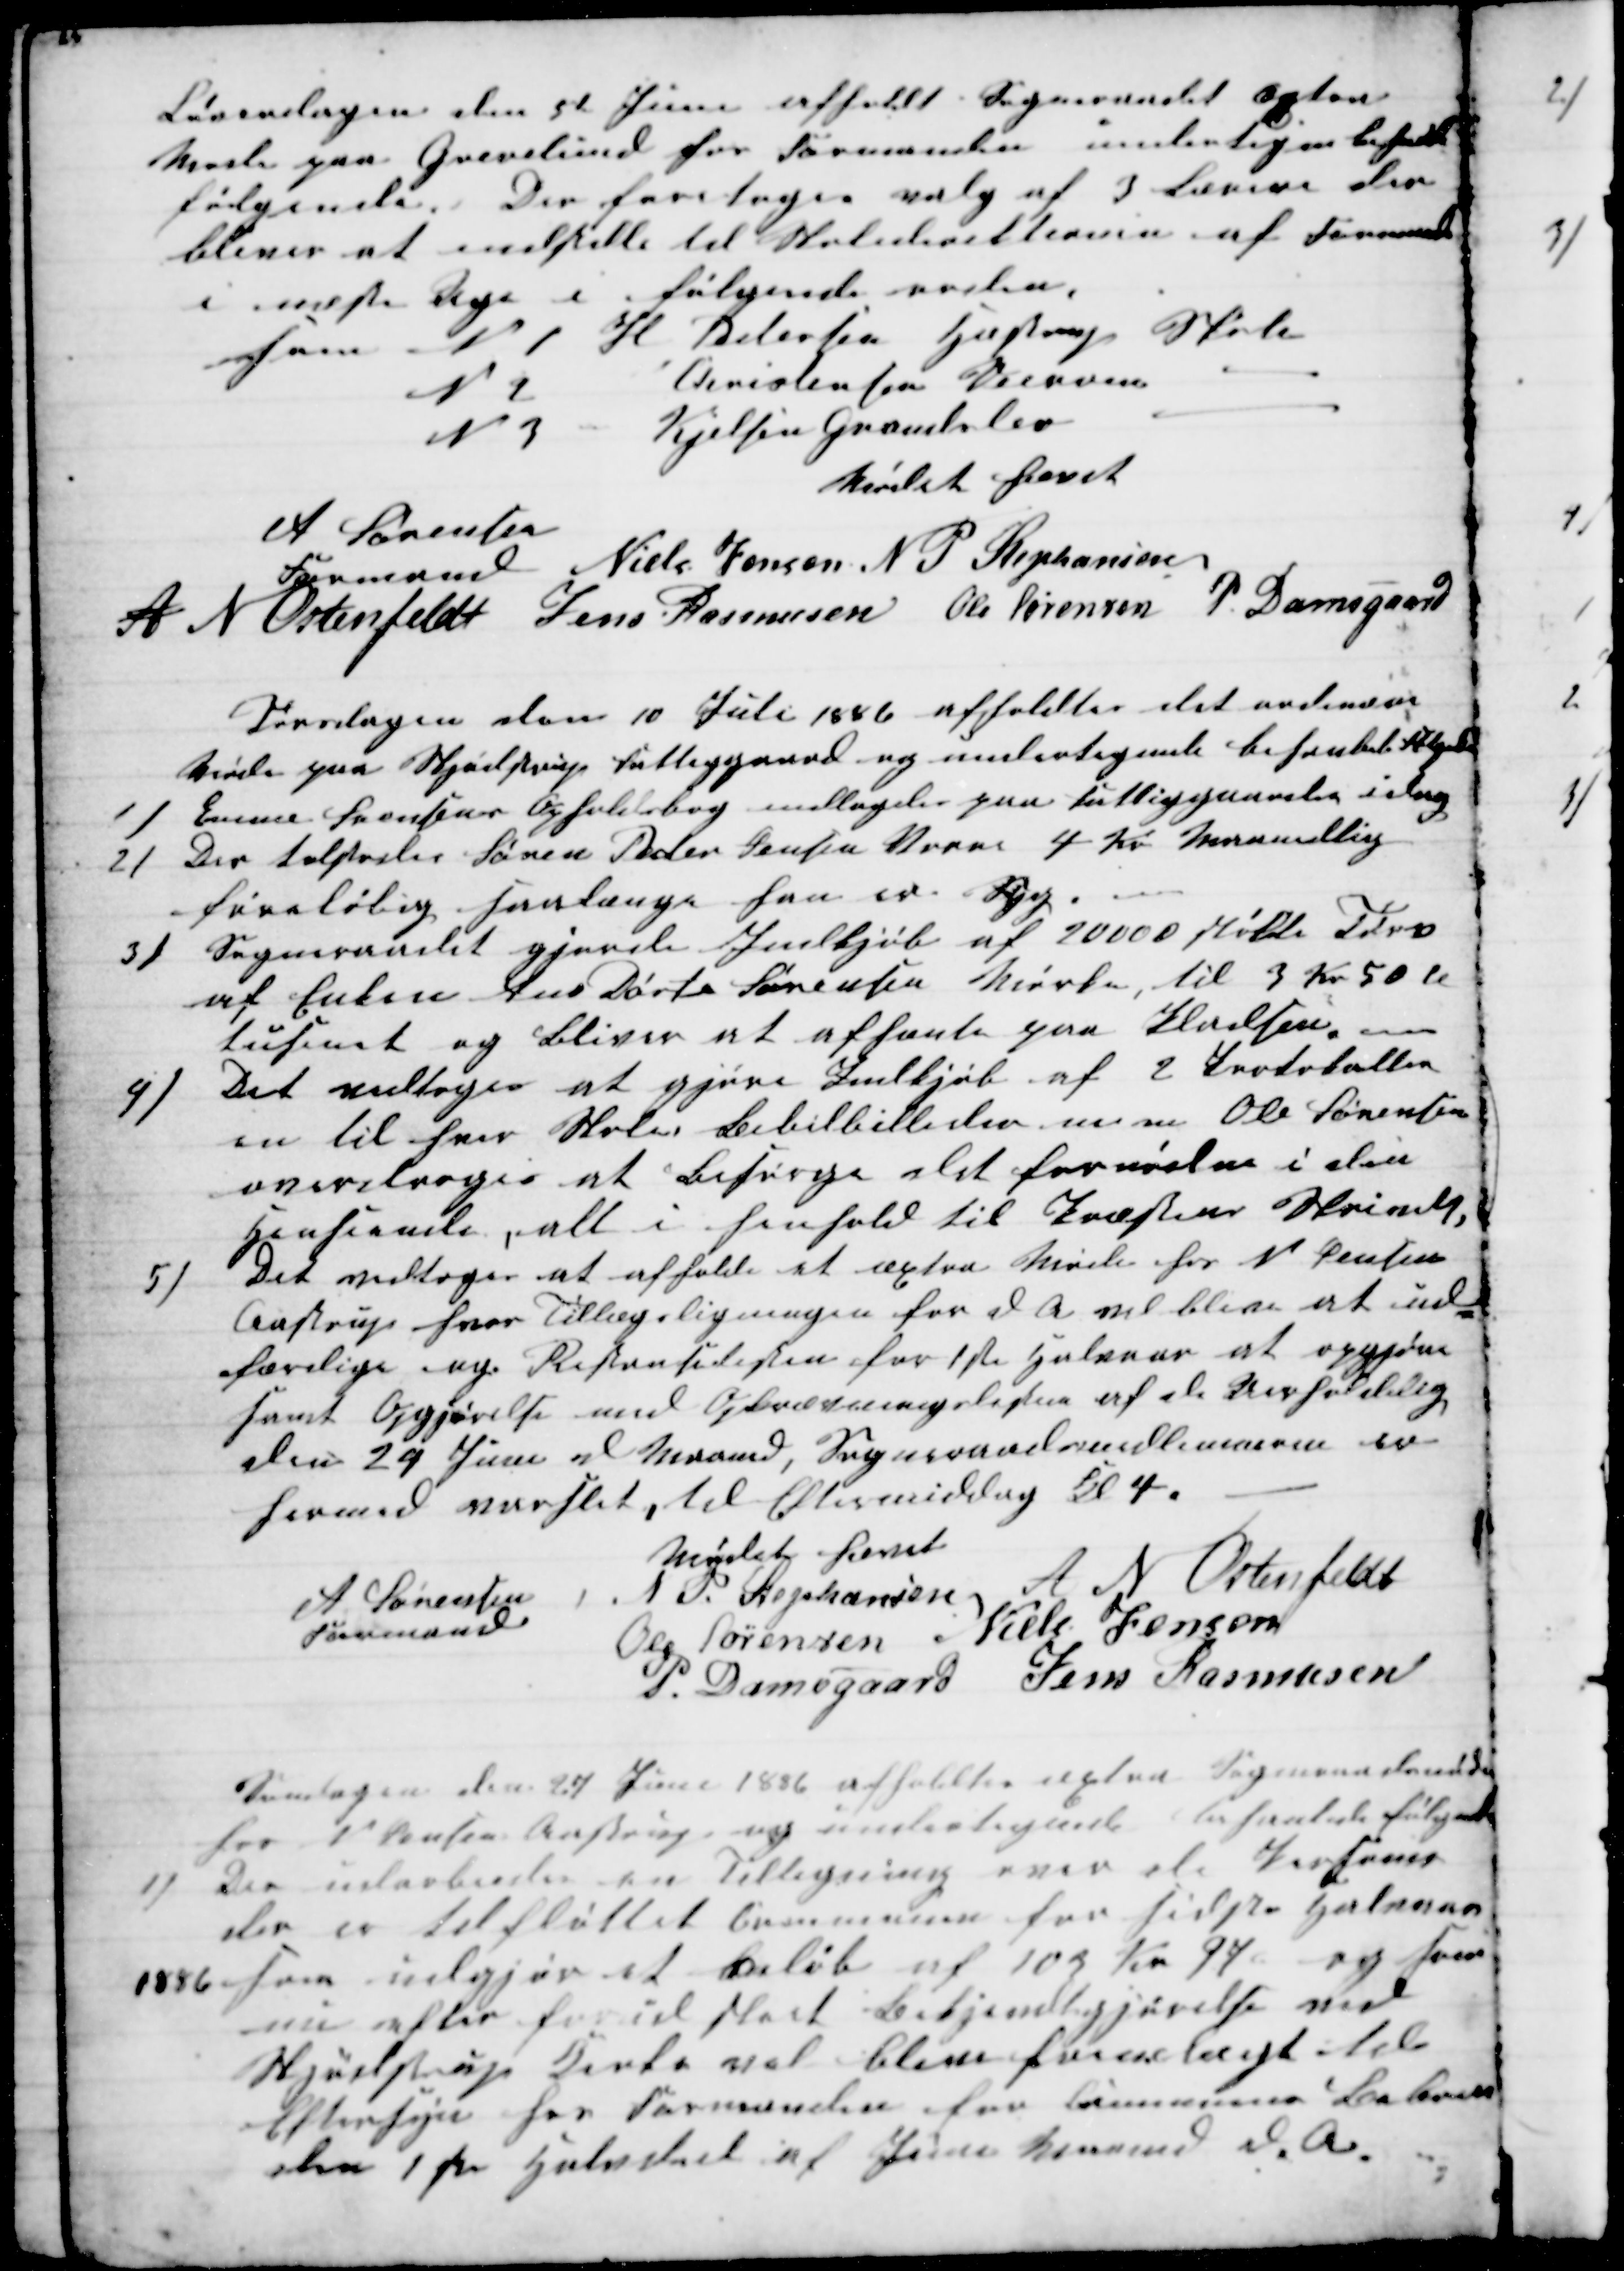
Transskription:
Løverdagen den 5te Juni afholdt Sogneraadet æxtra
Møde paa Grevelund hos Formanden undertegne behanlede
følgende. Der foretoges valg af 3 Lærere der
bliver at indstille til Skoledirektionen af Formanden
i næste Uge i følgende orden,
som N 1
H Petersen Hastrup Skole
N 2
Christensen Diernes
N 3 
Kjelsen Grandslev
Mødet hævet
A Sørensen
Formand 
Niels Jensen N P Stephansen
A N Ostenfeldt Jens Rasmusen Ole Sørensen P Damsgaard
Torsdagen den 10 Juli 1886 afholdtes det ordinære
Møde paa Skjødstrup Fattiggaard og undertegnede behanlede følgende
1)
Emma Sørensens Opholdsbog indlagdes paa Fattiggaarden idag
2)
Der tilstodes Søren Peder Jensen Vorre 4 Kr Maanedlig
foreløbig saalænge han er Syg.
3)
Sogneraadet gjorde Indkjøb af 20000 Støk Tørv
af Enken Ane Dorte Sørensen Mørke, til 3 Kr 50 Ø
dusinet og Bliver at afhænte paa Pladsen,
4)
Det vedtoges at gjøre Indkjøb af 2 Protokoller
en til hver Skole Bibelbilleder m m Ole Sørensen
overdroges at Besørge det fornødne i den
Henseende, alt i Henhold til Præstens Skrivelse,
5)
Det vedtoges at afholde at æxtra Møde hos N Jensen
Aastrup hvor Tillægsligningen for d A vil blive at ud-
færdige og Restanselisten for 1ste Halvaar at opgjøre
samt Opgjørelse med Opbodsmangslisten af de Uerholdelig
den 24 Juni d Maaned, Sogneraadsmedlemmerne er
hermed varslet, til Eftermiddag Kl 4.
Mødet hævet
A Sørensen 
Formand
N P. Stephansen
A N Ostenfeldt
Ole Sørensen Niels Jensen
P. Damsgaard Jens Rasmusen
Søndagen den 27 Juni 1886 afholdtes æxtra Sogneraadsmøde
hos N Jensen Aastrup og undertegne behanlede følgende
1)
Der udarbeides en Tilligning over de Personer
der er tilfløttet Communen for første Halvaar
1886 som udgjør et Beløb af 103 Kr 97 ø og som
nu efter forud sket Bekjendtgjørelse ved
Skjødstrup Kirke vel blive fremlagt til
Eftersyn hos Formanden for Communens Beboere
den 1ste Halvdeel af Juni Maaned d. A.